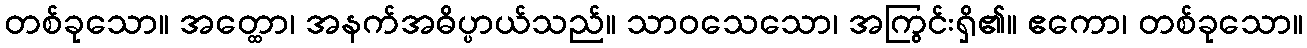
တစ်ခုသော။ အတ္ထော၊ အနက်အဓိပ္ပာယ်သည်။ သာဝသေသော၊ အကြွင်းရှိ၏။ ဧကော၊ တစ်ခုသော။